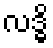
လဒ္ဓိ